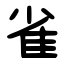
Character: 雀